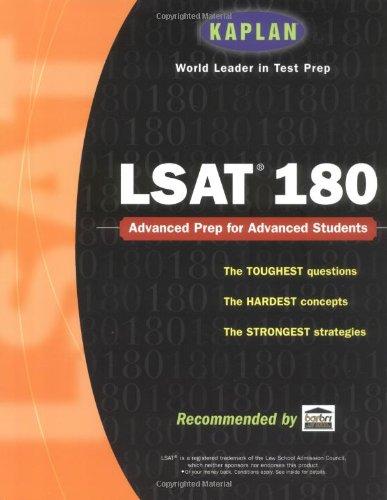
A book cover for Kaplan LSAT 180; Kaplan; Test Preparation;